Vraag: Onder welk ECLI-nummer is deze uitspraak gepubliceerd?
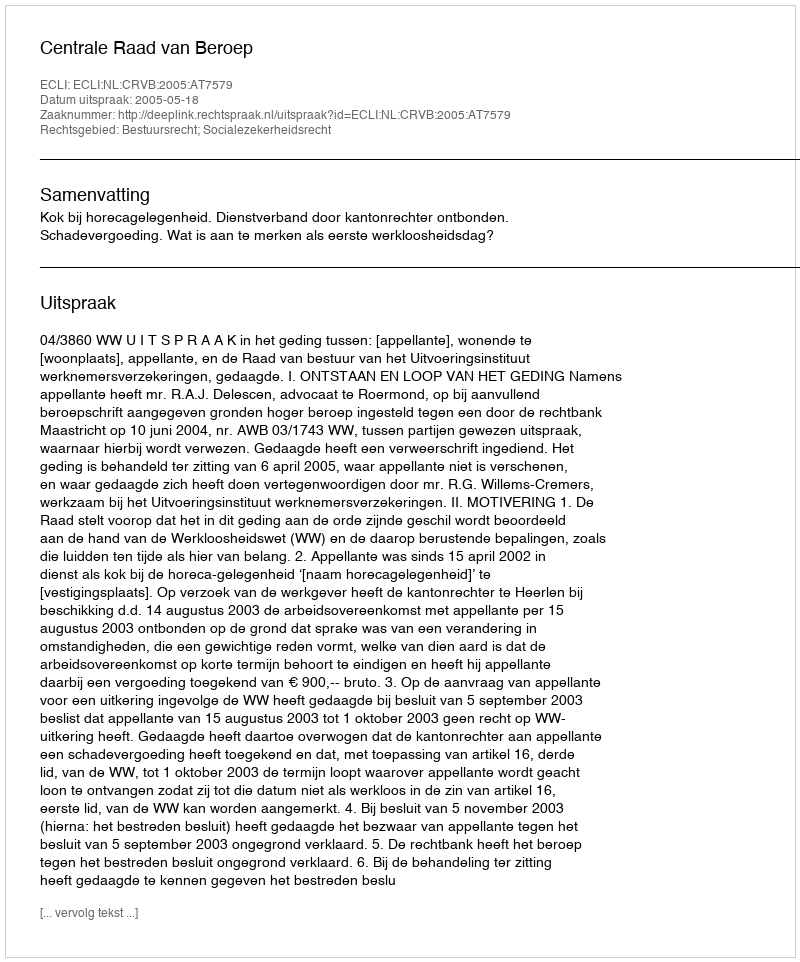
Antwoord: ECLI:NL:CRVB:2005:AT7579